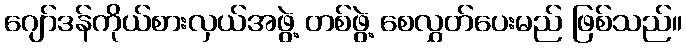
ဂျော်ဒန်ကိုယ်စားလှယ်အဖွဲ့ တစ်ဖွဲ့ စေလွှတ်ပေးမည် ဖြစ်သည်။